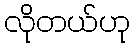
လိုတယ်ဟု